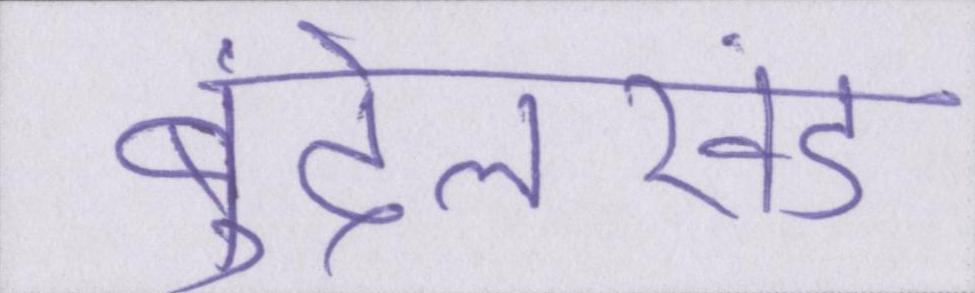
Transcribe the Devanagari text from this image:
बुंदेलखंड